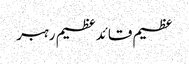
عظیم قائدعظیم رہبر